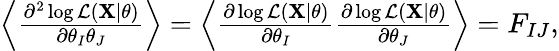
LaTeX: \begin{array}{r}{\left<\frac{\partial^{2}\log\mathcal{L}(\mathbf{X}|\mathbf{\theta})}{\partial\theta_{I}\theta_{J}}\right>=\left<\frac{\partial\log\mathcal{L}(\mathbf{X}|\mathbf{\theta})}{\partial\theta_{I}}\frac{\partial\log\mathcal{L}(\mathbf{X}|\mathbf{\theta})}{\partial\theta_{J}}\right>=F_{IJ},}\end{array}